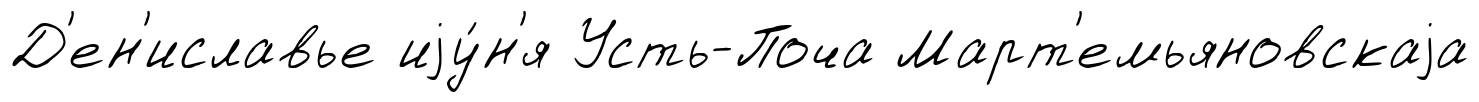
Д'ен'иславье иjу́н'я Усть-Поча Март'емьяновскаjа